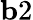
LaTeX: {\mathbf b2}